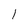
Character: 1